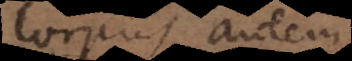
Corpus autem